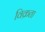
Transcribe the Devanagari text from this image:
विक्रता